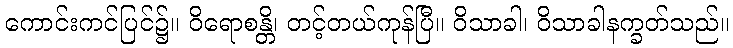
ကောင်းကင်ပြင်၌။ ဝိရောစန္တိ၊ တင့်တယ်ကုန်ပြီ။ ဝိသာခါ၊ ဝိသာခါနက္ခတ်သည်။